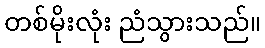
တစ်မိုးလုံး ညံသွားသည်။